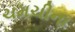
ચમચીના